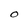
Character: O